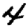
Digit: 4